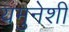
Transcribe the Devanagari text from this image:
यमुनेशी